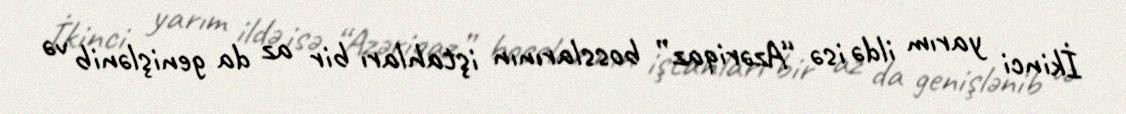
İkinci yarım ildə isə “Azəriqaz” bosslarının iştahları bir az da genişlənib və